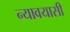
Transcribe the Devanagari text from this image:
न्यावयासी